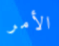
الأمر